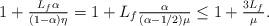
LaTeX: \begin{align*}1 + \tfrac{L_f \alpha}{(1-\alpha)\eta} = 1+L_f\tfrac{\alpha}{(\alpha-1/2)\mu} \le 1+\tfrac{3L_f}{\mu}.\end{align*}